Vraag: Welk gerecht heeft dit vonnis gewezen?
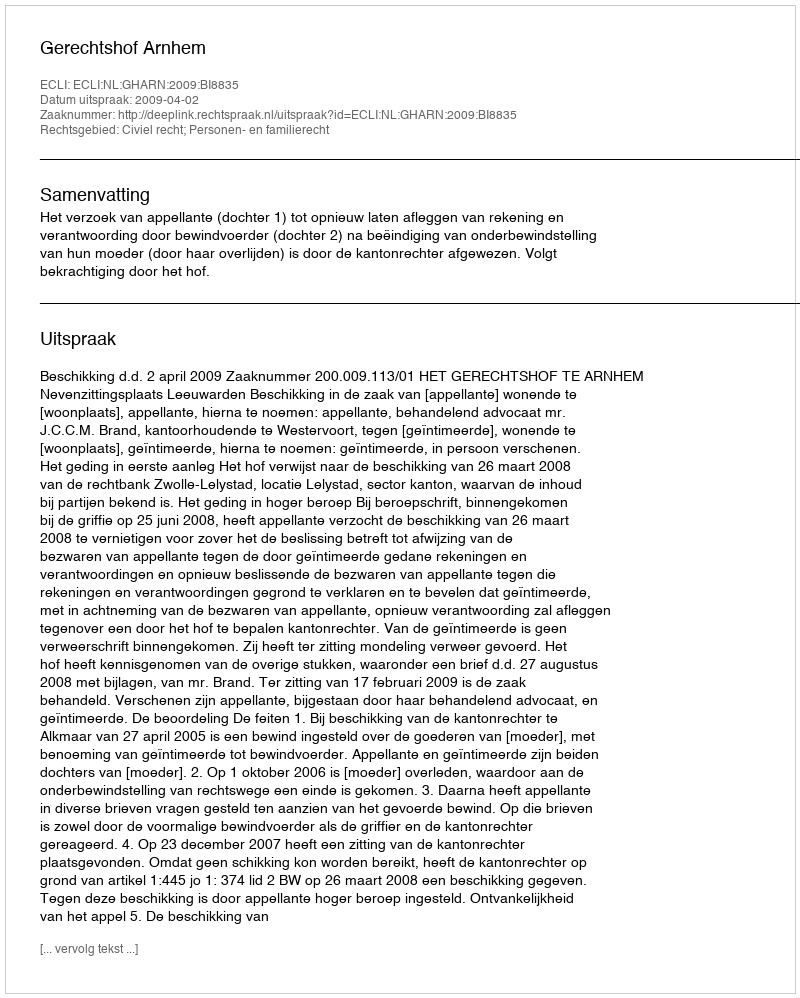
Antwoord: Gerechtshof Arnhem